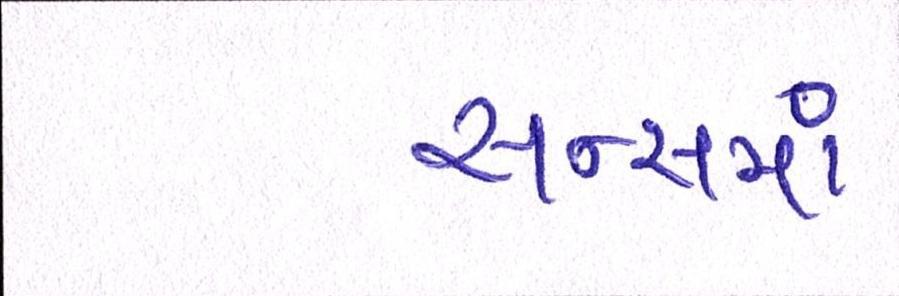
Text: સન્સમાં